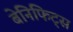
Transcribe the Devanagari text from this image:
बेनिफिट्स